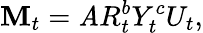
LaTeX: \mathbf{M}_{t}=\mathit{A}R_{t}^{b}Y_{t}^{c}U_{t},